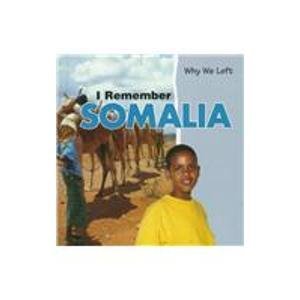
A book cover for I Remember Somalia (Why We Left); Jo Matthews; Travel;